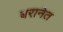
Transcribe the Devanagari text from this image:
बरानेत